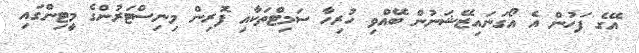
އޭގެ ފަހުން އެ އޯގަނައިޒޭޝަނުން ބޭއްވި ހުރިހާ ސަމިޓްތަކާއި ފޮރިން މިނިސްޓަރުންގެ މީޓިންގައި